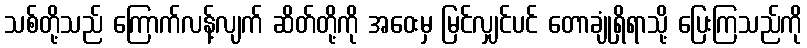
သစ်တို့သည် ကြောက်လန့်လျက် ဆိတ်တို့ကို အဝေးမှ မြင်လျှင်ပင် တောချုံရှိရာသို့ ပြေးကြသည်ကို